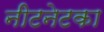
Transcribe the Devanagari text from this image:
नीटनेटका